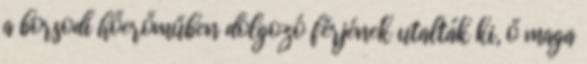
a borsodi hőerőműben dolgozó férjének utalták ki, ő maga